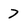
Character: 7